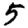
Digit: 5